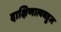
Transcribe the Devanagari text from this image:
दाक्षिणात्यबहुल